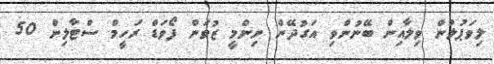
ލިވަޕުލުން ވިލާއިން ބޭނުންވި އަގުދޭން ނިންމީ ޒުވަން ފޯވަޑް ރަހީމް ސްޓާލިން 50